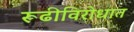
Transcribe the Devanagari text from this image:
रूढीविरोधात